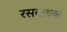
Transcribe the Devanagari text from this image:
रसबाधक